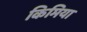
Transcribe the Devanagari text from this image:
किमिया